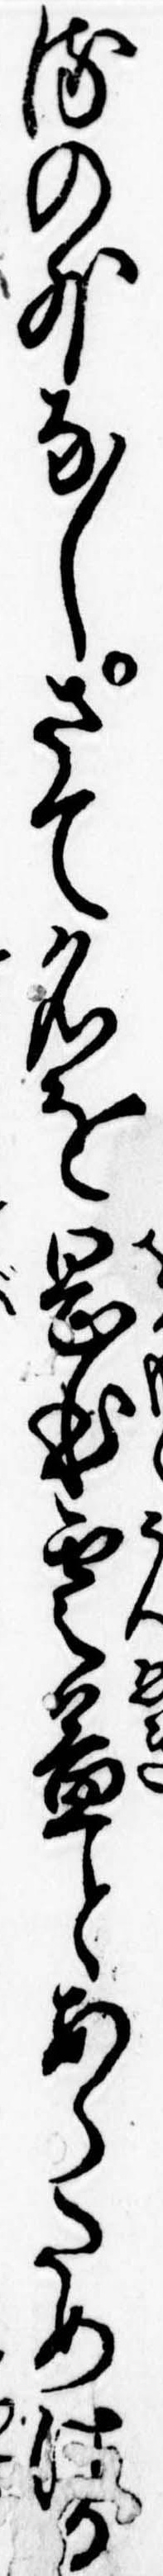
るの外なしさて名を岡本雲益とあらためける